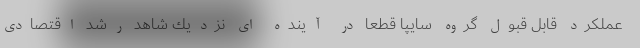
عملكرد قابل قبول گروه سايپا قطعا در آينده اي نزديك شاهد رشد اقتصادي